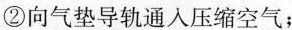
②向气垫导轨通人压缩空气；